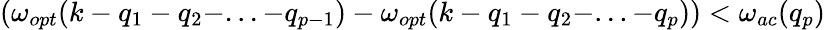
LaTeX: (\omega_{opt}(k-q_{1}-q_{2}-...-q_{p-1})-\omega_{opt}(k-q_{1}-q_{2}-...-q_{p}))<\omega_{ac}(q_{p})